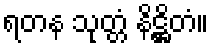
ရတန သုတ္တံ နိဋ္ဌိတံ။